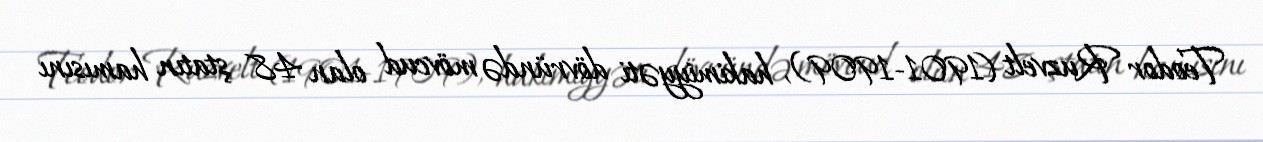
Teodor Ruzvelt (1901-1909), hakimiyyəti dövründə mövcud olan 48 ştatın hamısını